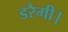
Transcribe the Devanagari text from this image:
डरैगी।